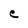
Character: e